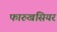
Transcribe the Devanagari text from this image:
फारुखसियर